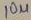
Text: 10µ